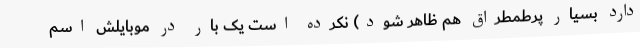
دارد بسیار پرطمطراق هم ظاهر شود) نکرده است یک بار در موبایلش اسم